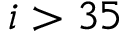
i > 3 5